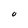
Character: o